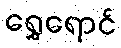
ရွှေရောင်